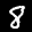
Label: 8